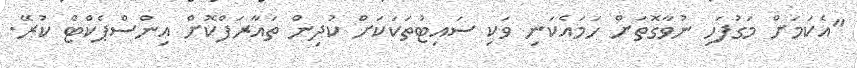
"އެކަމަށް މަގުފަހި ނުވާގޮތަށް ހަމައެކަނި ވަކި ސައިޓުތަކަކަށް ކުދިން ތައާރަފްކޮށް އިންސްޕެކްޓް ކުރޭ.